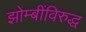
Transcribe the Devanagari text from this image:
झोम्बींविरुद्ध